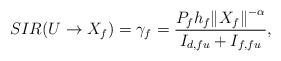
LaTeX: \begin{align*}SIR(U \to {X_f}){\rm{ }} = \gamma_f= \frac{{{P_f}{h_f}{{\left\| {{X_f}} \right\|}^{ - \alpha }}}}{{{I_{d,fu}} + {I_{f,fu}}}},\end{align*}